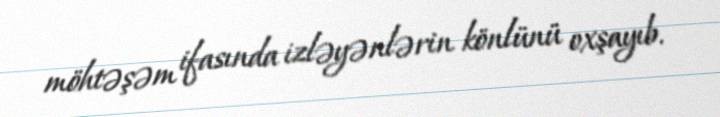
möhtəşəm ifasında izləyənlərin könlünü oxşayıb.